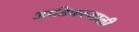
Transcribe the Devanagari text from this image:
आडिकल्याली